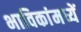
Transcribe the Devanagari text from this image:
भाविकांमध्यें